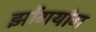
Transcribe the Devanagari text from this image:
झोंगयांग